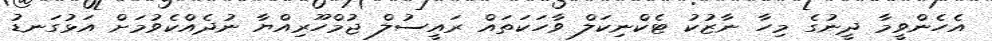
އެހެންވީމާ ދީނުގެ މިހާ ނާޒުކު ޓެކްނިކަލް ވާހަކަތައް ރައީސުލް ޖުމްހޫރިއްޔާ ނުދެއްކެވުމަށް އަޅުގަނޑު